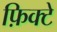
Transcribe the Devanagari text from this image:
फ़िक्टे